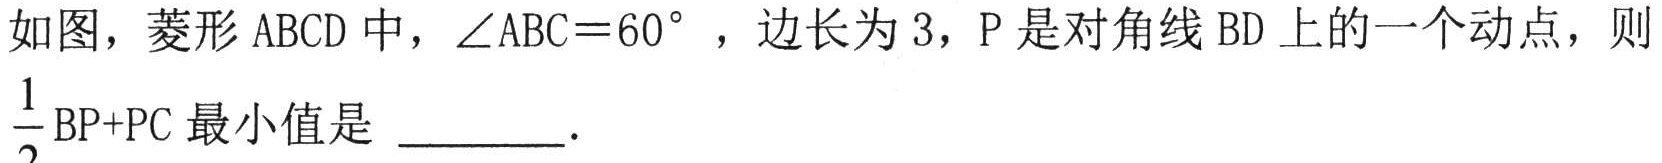
如图，菱形 \(ABCD\) 中，\(\angle ABC = 60^{\circ}\) ，边长为 \(3\)，\(P\) 是对角线 \(BD\) 上的一个动点，则 \(\frac{1}{2}BP + PC\) 最小值是  \_\_\_\_\_ .